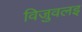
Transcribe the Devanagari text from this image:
विजुवलइ